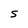
Character: s